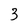
Character: 3